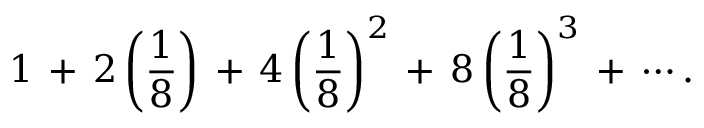
1 \, + \, 2 \left( { \frac { 1 } { 8 } } \right) \, + \, 4 \left( { \frac { 1 } { 8 } } \right) ^ { 2 } \, + \, 8 \left( { \frac { 1 } { 8 } } \right) ^ { 3 } \, + \, \cdots .